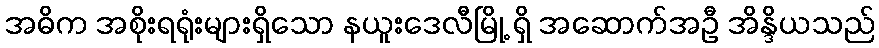
အဓိက အစိုးရရုံးများရှိသော နယူးဒေလီမြို့ ရှိ အဆောက်အဦ အိန္ဒိယသည်